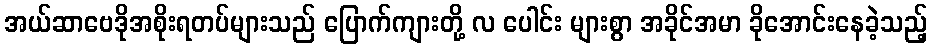
အယ်ဆာဗေဒိုအစိုးရတပ်များသည် ပြောက်ကျားတို့ လ ပေါင်း များစွာ အခိုင်အမာ ခိုအောင်းနေခဲ့သည့်